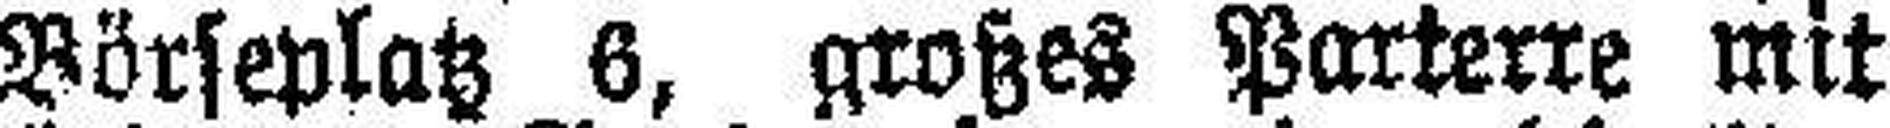
Börseplatz 6, großer Parterre mit